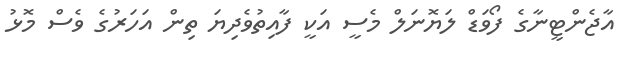
އާޖެންޓީނާގެ ފޯވަޑް ލަޔޮނަލް މެސީ އަކީ ފާއިތުވެދިޔަ ތިން އަހަރުގެ ވެސް މޮޅު